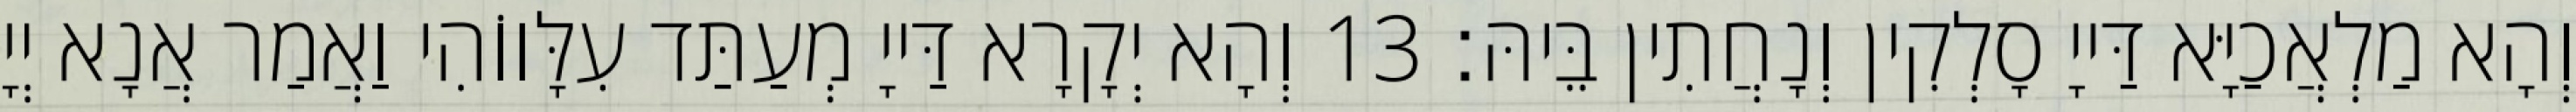
וְהָא מַלְאֲכַיָּא דַּייָ סָלְקִין וְנָחֲתִין בֵּיהּ׃ 13 וְהָא יְקָרָא דַּייָ מְעַתַּד עִלָּווֹהִי וַאֲמַר אֲנָא יְיָ